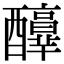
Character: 𨣶